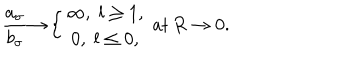
LaTeX: \frac { a _ { \sigma } } { b _ { \sigma } } { \rightarrow } \left\{ \begin{array} { c } { { \infty , \; l \geq 1 , } } \\ { { 0 , \; l \leq 0 , } } \\ \end{array} \right. \, \mathrm { a t } \, R \rightarrow 0 .